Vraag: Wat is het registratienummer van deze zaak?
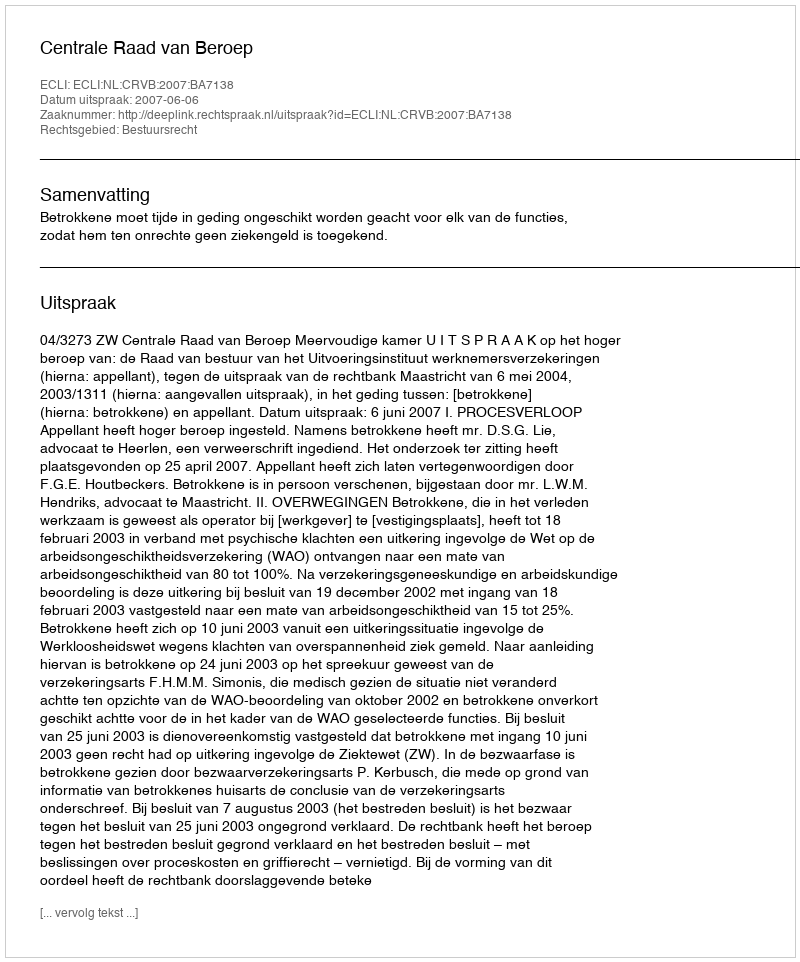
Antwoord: http://deeplink.rechtspraak.nl/uitspraak?id=ECLI:NL:CRVB:2007:BA7138